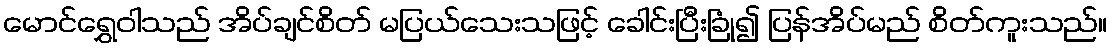
မောင်ရွှေဝါသည် အိပ်ချင်စိတ် မပြယ်သေးသဖြင့် ခေါင်းပြီးခြုံ၍ ပြန်အိပ်မည် စိတ်ကူးသည်။